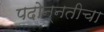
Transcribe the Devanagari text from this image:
पदोन्नतीचा